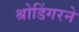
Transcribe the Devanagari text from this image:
श्रोडिंगरने